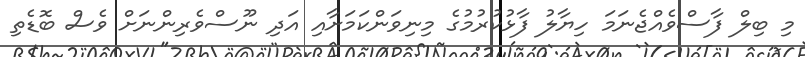
މި ބިލް ފާސްވެއްޖެނަމަ ހިޔާލު ފާޅުކުރުމުގެ މިނިވަންކަމަށާއި އަދި ނޫސްވެރިންނަށް ވެސް ބޮޑެތި